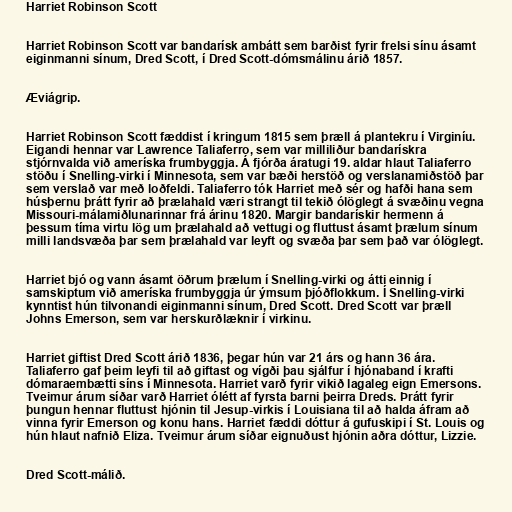
Harriet Robinson Scott

Harriet Robinson Scott var bandarísk ambátt sem barðist fyrir frelsi sínu ásamt
eiginmanni sínum, Dred Scott, í Dred Scott-dómsmálinu árið 1857.

Æviágrip.

Harriet Robinson Scott fæddist í kringum 1815 sem þræll á plantekru í Virginíu.
Eigandi hennar var Lawrence Taliaferro, sem var milliliður bandarískra
stjórnvalda við ameríska frumbyggja. Á fjórða áratugi 19. aldar hlaut Taliaferro
stöðu í Snelling-virki í Minnesota, sem var bæði herstöð og verslanamiðstöð þar
sem verslað var með loðfeldi. Taliaferro tók Harriet með sér og hafði hana sem
húsþernu þrátt fyrir að þrælahald væri strangt til tekið ólöglegt á svæðinu vegna
Missouri-málamiðlunarinnar frá árinu 1820. Margir bandarískir hermenn á
þessum tíma virtu lög um þrælahald að vettugi og fluttust ásamt þrælum sínum
milli landsvæða þar sem þrælahald var leyft og svæða þar sem það var ólöglegt.

Harriet bjó og vann ásamt öðrum þrælum í Snelling-virki og átti einnig í
samskiptum við ameríska frumbyggja úr ýmsum þjóðflokkum. Í Snelling-virki
kynntist hún tilvonandi eiginmanni sínum, Dred Scott. Dred Scott var þræll
Johns Emerson, sem var herskurðlæknir í virkinu.

Harriet giftist Dred Scott árið 1836, þegar hún var 21 árs og hann 36 ára.
Taliaferro gaf þeim leyfi til að giftast og vígði þau sjálfur í hjónaband í krafti
dómaraembætti síns í Minnesota. Harriet varð fyrir vikið lagaleg eign Emersons.
Tveimur árum síðar varð Harriet ólétt af fyrsta barni þeirra Dreds. Þrátt fyrir
þungun hennar fluttust hjónin til Jesup-virkis í Louisiana til að halda áfram að
vinna fyrir Emerson og konu hans. Harriet fæddi dóttur á gufuskipi í St. Louis og
hún hlaut nafnið Eliza. Tveimur árum síðar eignuðust hjónin aðra dóttur, Lizzie.

Dred Scott-málið.